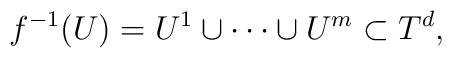
f^{-1}(U)=U^1\cup\cdots\cup U^m\subset T^d,